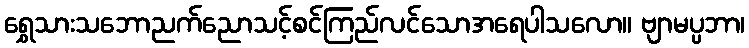
ရွှေသားသဘောညက်ညောသင့်စင်ကြည်လင်သောအရေပါသလော။ ဗျာမပ္ပဘာ၊